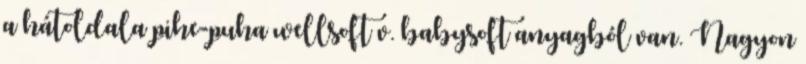
a hátoldala pihe-puha wellsoft v. babysoft anyagból van. Nagyon